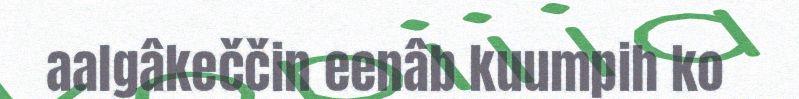
aalgâkeččin eenâb kuumpih ko